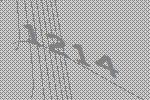
1214